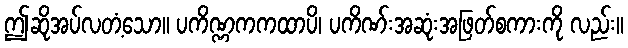
ဤဆိုအပ်လတံ့သော။ ပကိဏ္ဏကကထာပိ၊ ပကိဏ်းအဆုံးအဖြတ်စကားကို လည်း။